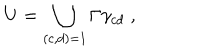
LaTeX: U = \bigcup _ { ( c , d ) = 1 } \Gamma \gamma _ { c d } \; ,